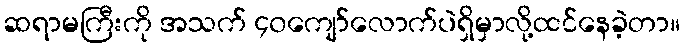
ဆရာမကြီးကို အသက် ၄၀ကျော်လောက်ပဲရှိမှာလို့ထင်နေခဲ့တာ။